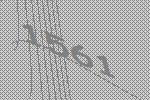
1561